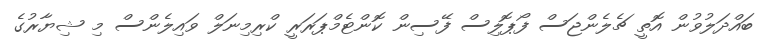
ބައްދަލުވުން އޮތީ ޗެލެންޖަސް ފޯޕޮލިސް ފޭސިން ކޮންޓެމްޕަރަރީ ކްރިމިނަލް ވައިލެންސް މި ޝިޔާރުގެ